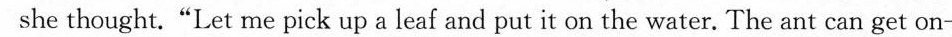
she thought."Let me pick up a leaf and put it on the water. The ant can get on-